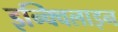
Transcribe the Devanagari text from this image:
इन्क्विलाइन